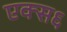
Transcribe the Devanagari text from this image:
एक्स६